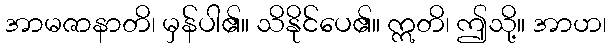
အာမဇာနာတိ၊ မှန်ပါ၏။ သိနိုင်ပေ၏။ ဣတိ၊ ဤသို့။ အာဟ၊